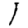
Digit: 1